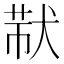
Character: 𤟓